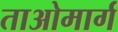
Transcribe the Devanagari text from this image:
ताओमार्ग